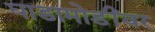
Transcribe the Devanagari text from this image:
घाडामोडींवर